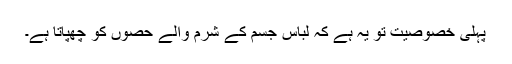
پہلی خصوصیت تو یہ ہے کہ لباس جسم کے شرم والے حصوں کو چھپاتا ہے۔